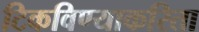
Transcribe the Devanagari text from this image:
टिकविण्याकरिता